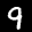
Label: 9